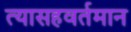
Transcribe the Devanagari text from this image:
त्यासहवर्तमान